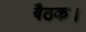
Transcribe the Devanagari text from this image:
बैठक।